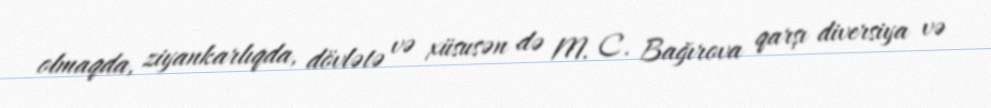
olmaqda, ziyankarlıqda, dövlətə və xüsusən də M. C. Bağırova qarşı diversiya və